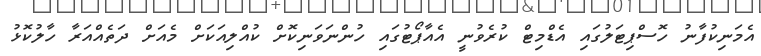
އެމަނިކުފާނު ހޮސްޕިޓަލުގައި އެޑްމިޓް ކުރެވުނީ އެއާޕޯޓުގައި ހުންނަވަނިކޮށް ކުއްލިއަކަށް މެއަށް ދަތެއްއަރާ ހާލުކޮޅު